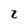
Character: 2